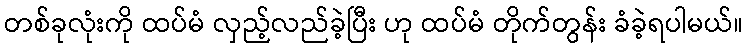
တစ်ခုလုံးကို ထပ်မံ လှည့်လည်ခဲ့ပြီး ဟု ထပ်မံ တိုက်တွန်း ခံခဲ့ရပါမယ်။